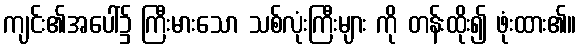
ကျင်း၏အပေါ်၌ ကြီးမားသော သစ်လုံးကြီးများ ကို တန်းထိုး၍ ဖုံးထား၏။